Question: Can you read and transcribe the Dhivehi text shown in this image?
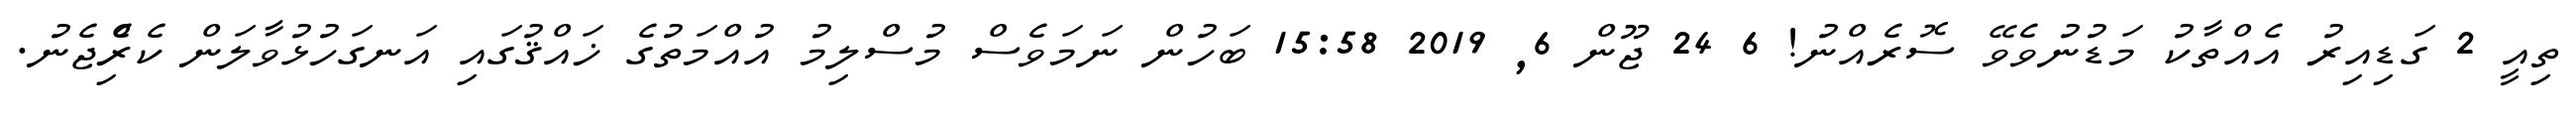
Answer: ތިއީ 2 ގަޑިއިރު އެއްތާކު މަޑުނުވެވޭ ސޮރެއްނު! 6 24 ޖޫން 6, 2019 15:58 ބަހުން ނަމަވެސް މުސްލިމު އުއްމަތުގެ ޚައްޤުގައި އަނގަހުޅުވާލަން ކެރިެްޖެނު.